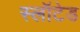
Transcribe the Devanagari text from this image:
स्लॉटेड